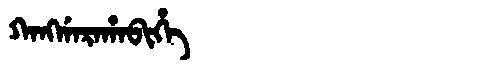
Manchu: ᡴᠠᠩᡤᠠᡵᠠᡥᠠᠪᡳᡥᡝ
Romanization: KANGGARAHABIHE